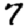
Digit: 7